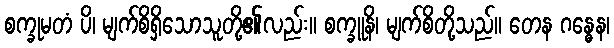
စက္ခုမတံ ပိ၊ မျက်စိရှိသောသူတို့၏လည်း။ စက္ခူနိ၊ မျက်စိတို့သည်။ တေန ဂန္ဓေန၊